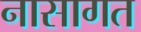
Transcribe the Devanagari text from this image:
नासागत